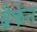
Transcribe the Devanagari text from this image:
ब्रैकेन